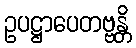
ဥပဋ္ဌာပေတဗ္ဗန္တိ